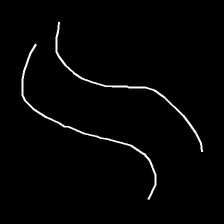
Glyph: float